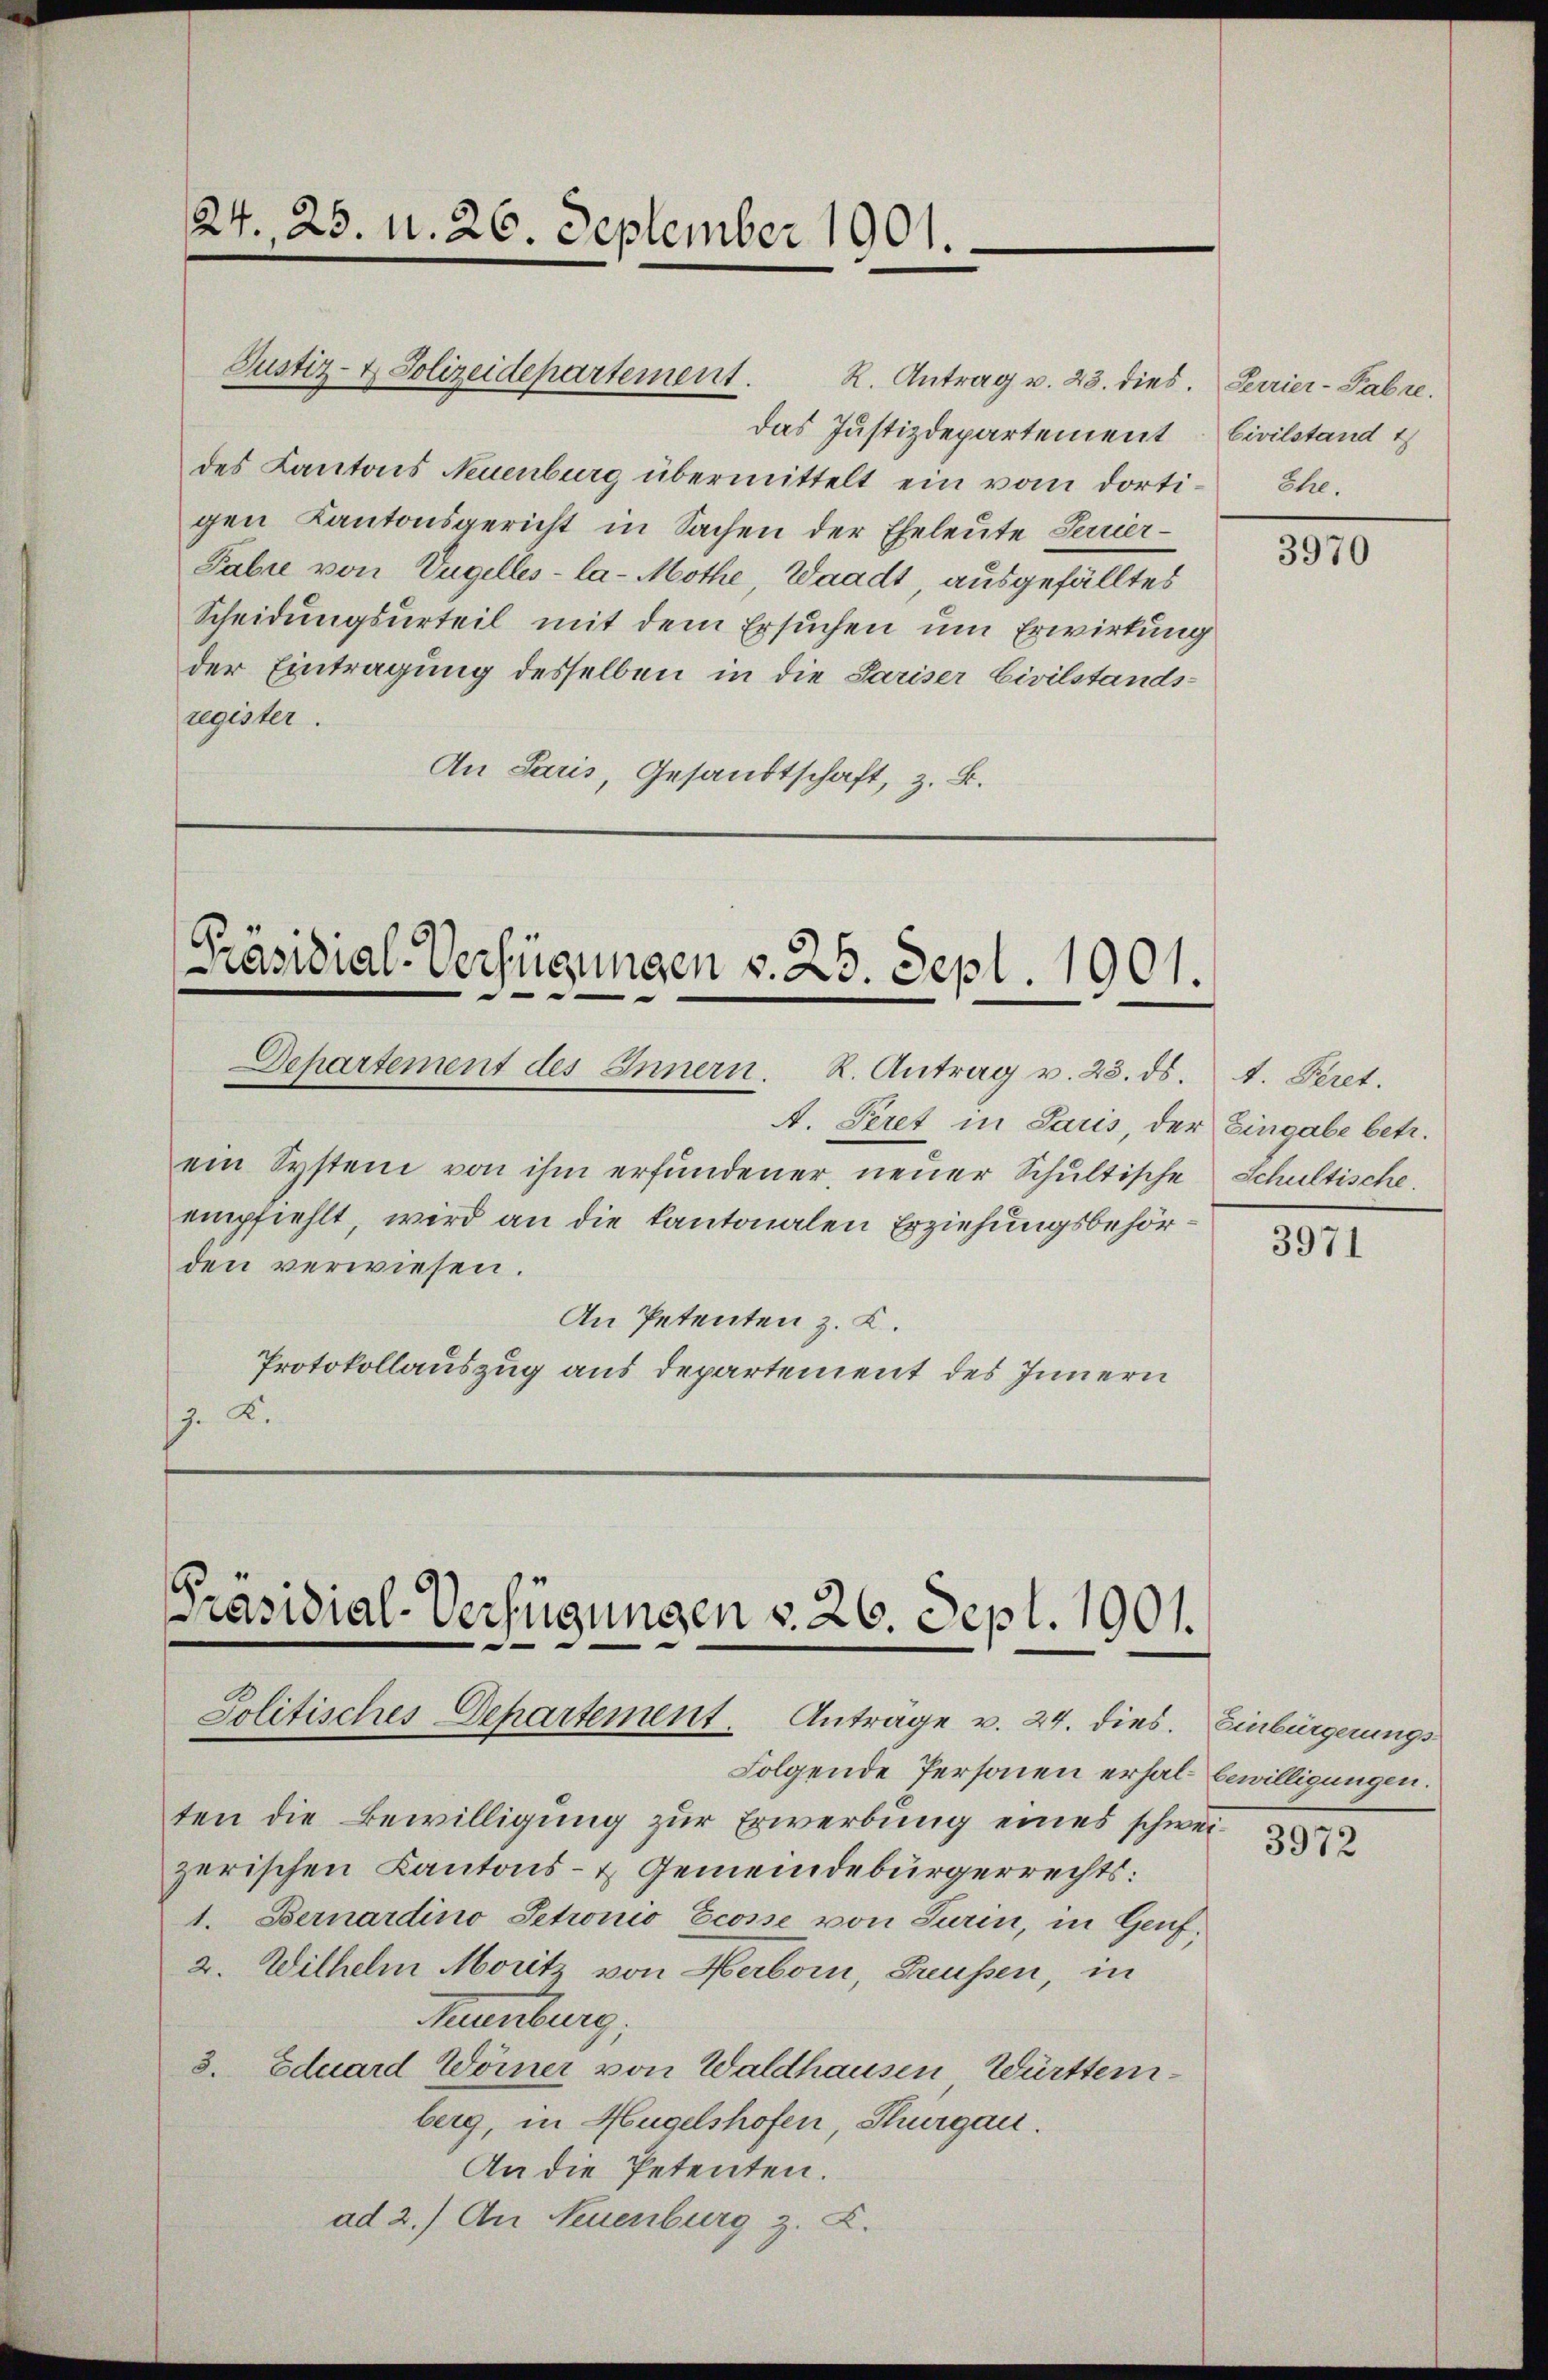
24. 25. N. 26. September 1901.

das Justizdepartement Civilstand t
des Kantons Neuenburg übermittelt ein vom dortigen Kantonsgericht in Sachen der Eheleute Servier¬
Tabie von Vngelles-la-Mothe, Waadt ausgefälltes
Scheidungsurteil mit dem Ersuchen um Erwirkung
der Eintragung desselben in die Pariser Civilstands-
register.
An Paris, Gesandtschaft, z. B.

Justiz- & Polizeidepartement. K. Antrag u. 23. dies. Perrier-Pabre

Präsidial-Verfügungen v. 25. Sept. 1901.

Departement des Innern. R. Antrag v. 23. ds. 1. Peret.
A. Peret in Paris, der Eingabe betr.
ein System von ihm erfundener, neuer Schultische Schultische.
empfiehlt, wird an die kantonalen Erziehungsbehörden verwiesen.
An Petenten z. B.
Protokollauszug aus Departement des Innern
J. K.

Präsidial-Verfügungen v. 26. Sept. 1901.
Jolitisches Departement. Anträge v. 24. dies. Einbürgerungs¬

Folgende Personen erhal bewilligungen.
ten die Bewilligung zur Erwerbung eines schweizerischen Kantons- & Gemeindebürgerrechts:
1. Bernardino Petronio Ecosse von Turin, in Genf,
2. Wilhelm Morit von Herborn, Greußen, in
Maumburg,
3. Eduard Wörner von Waldhausen Württemberg, in Hügelshofen, Thurgau
An die Petenten.
ad 2.) An Neuenburg z. Z.

Ehe.

3970

3971

3972